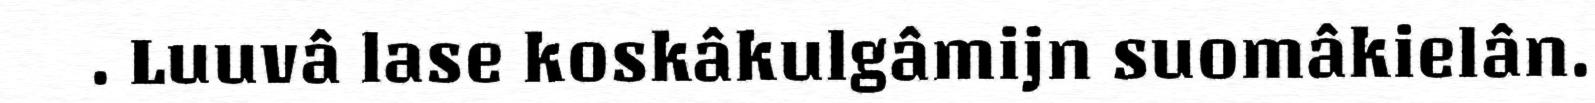
. Luuvâ lase koskâkulgâmijn suomâkielân.